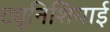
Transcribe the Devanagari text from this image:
ट्यूनिशियाई